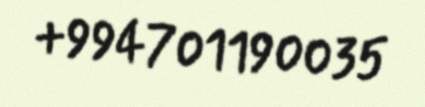
+994701190035